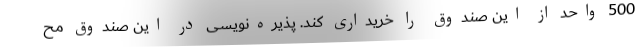
500 واحد از این صندوق را خریداری کند. پذیره‌نویسی در این صندوق مح